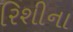
રિશીના